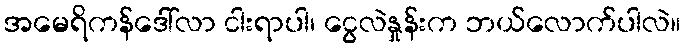
အမေရိကန်ဒေါ်လာ ငါးရာပါ၊ ငွေလဲနှုန်းက ဘယ်လောက်ပါလဲ။